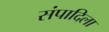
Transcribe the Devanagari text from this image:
संपादिला